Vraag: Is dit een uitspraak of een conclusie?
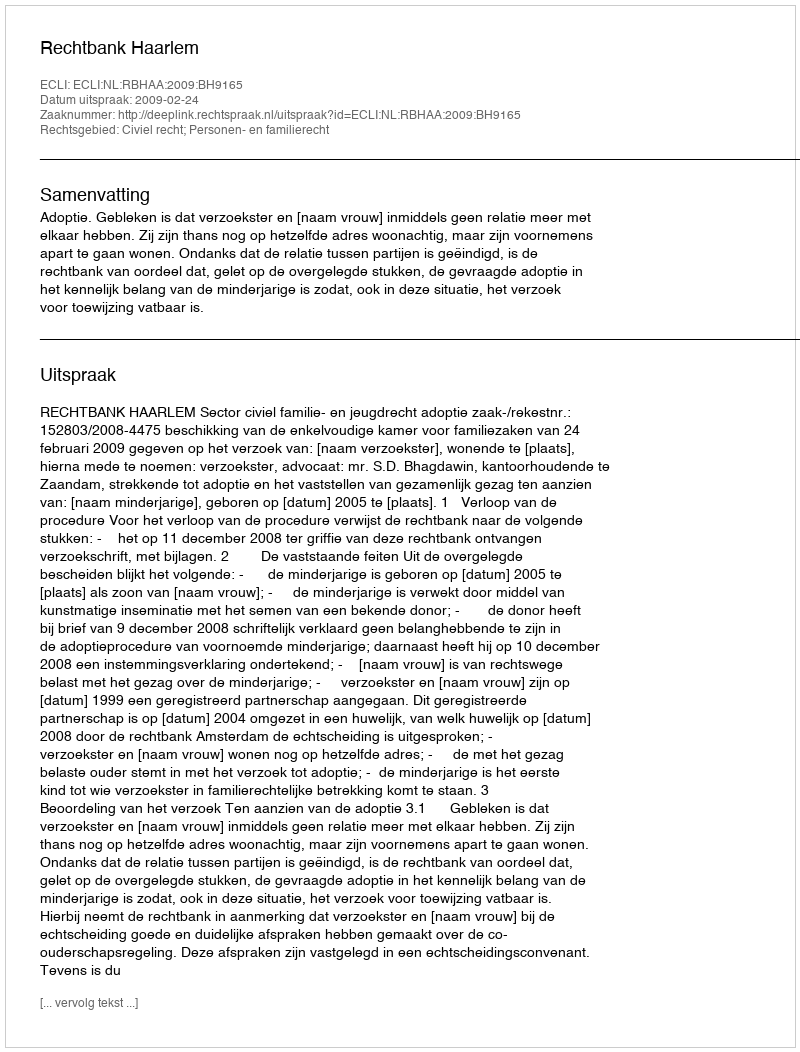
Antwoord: Uitspraak